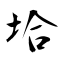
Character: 垥